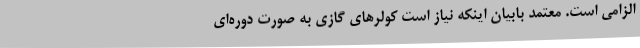
الزامی است. معتمد بابیان اینکه نیاز است کولرهای گازی به صورت دوره‌ای